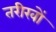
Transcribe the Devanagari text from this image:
तरीखों